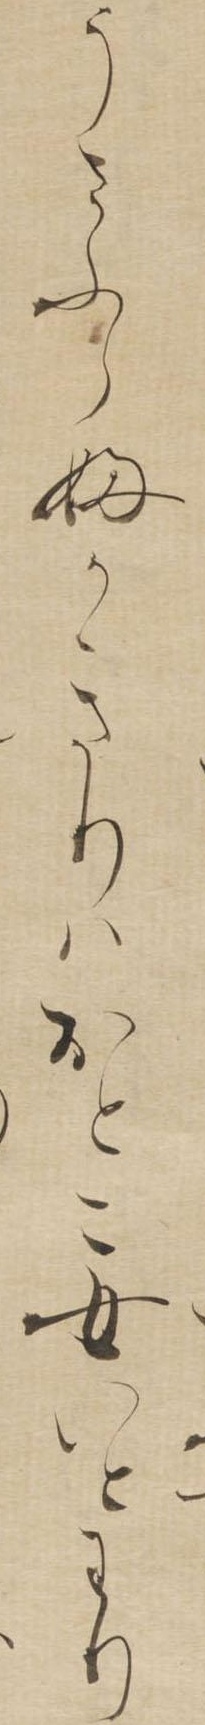
うさふらふかきりはおとこ女いとわり